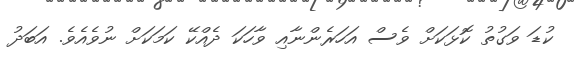
ކުޑަ ވަގުތު ކޮޅަކަށް ވެސް އަހަރެންނާއި ވާހަކަ ދެއްކޭ ކަމަކަށް ނުވެއެވެ. އަބަދު